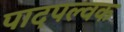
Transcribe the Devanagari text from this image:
पादपल्वक